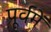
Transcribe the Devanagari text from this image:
पूर्वमें